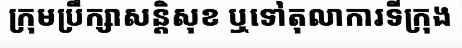
ក្រុមប្រឹក្សាសន្តិសុខ ឬទៅតុលាការទីក្រុង